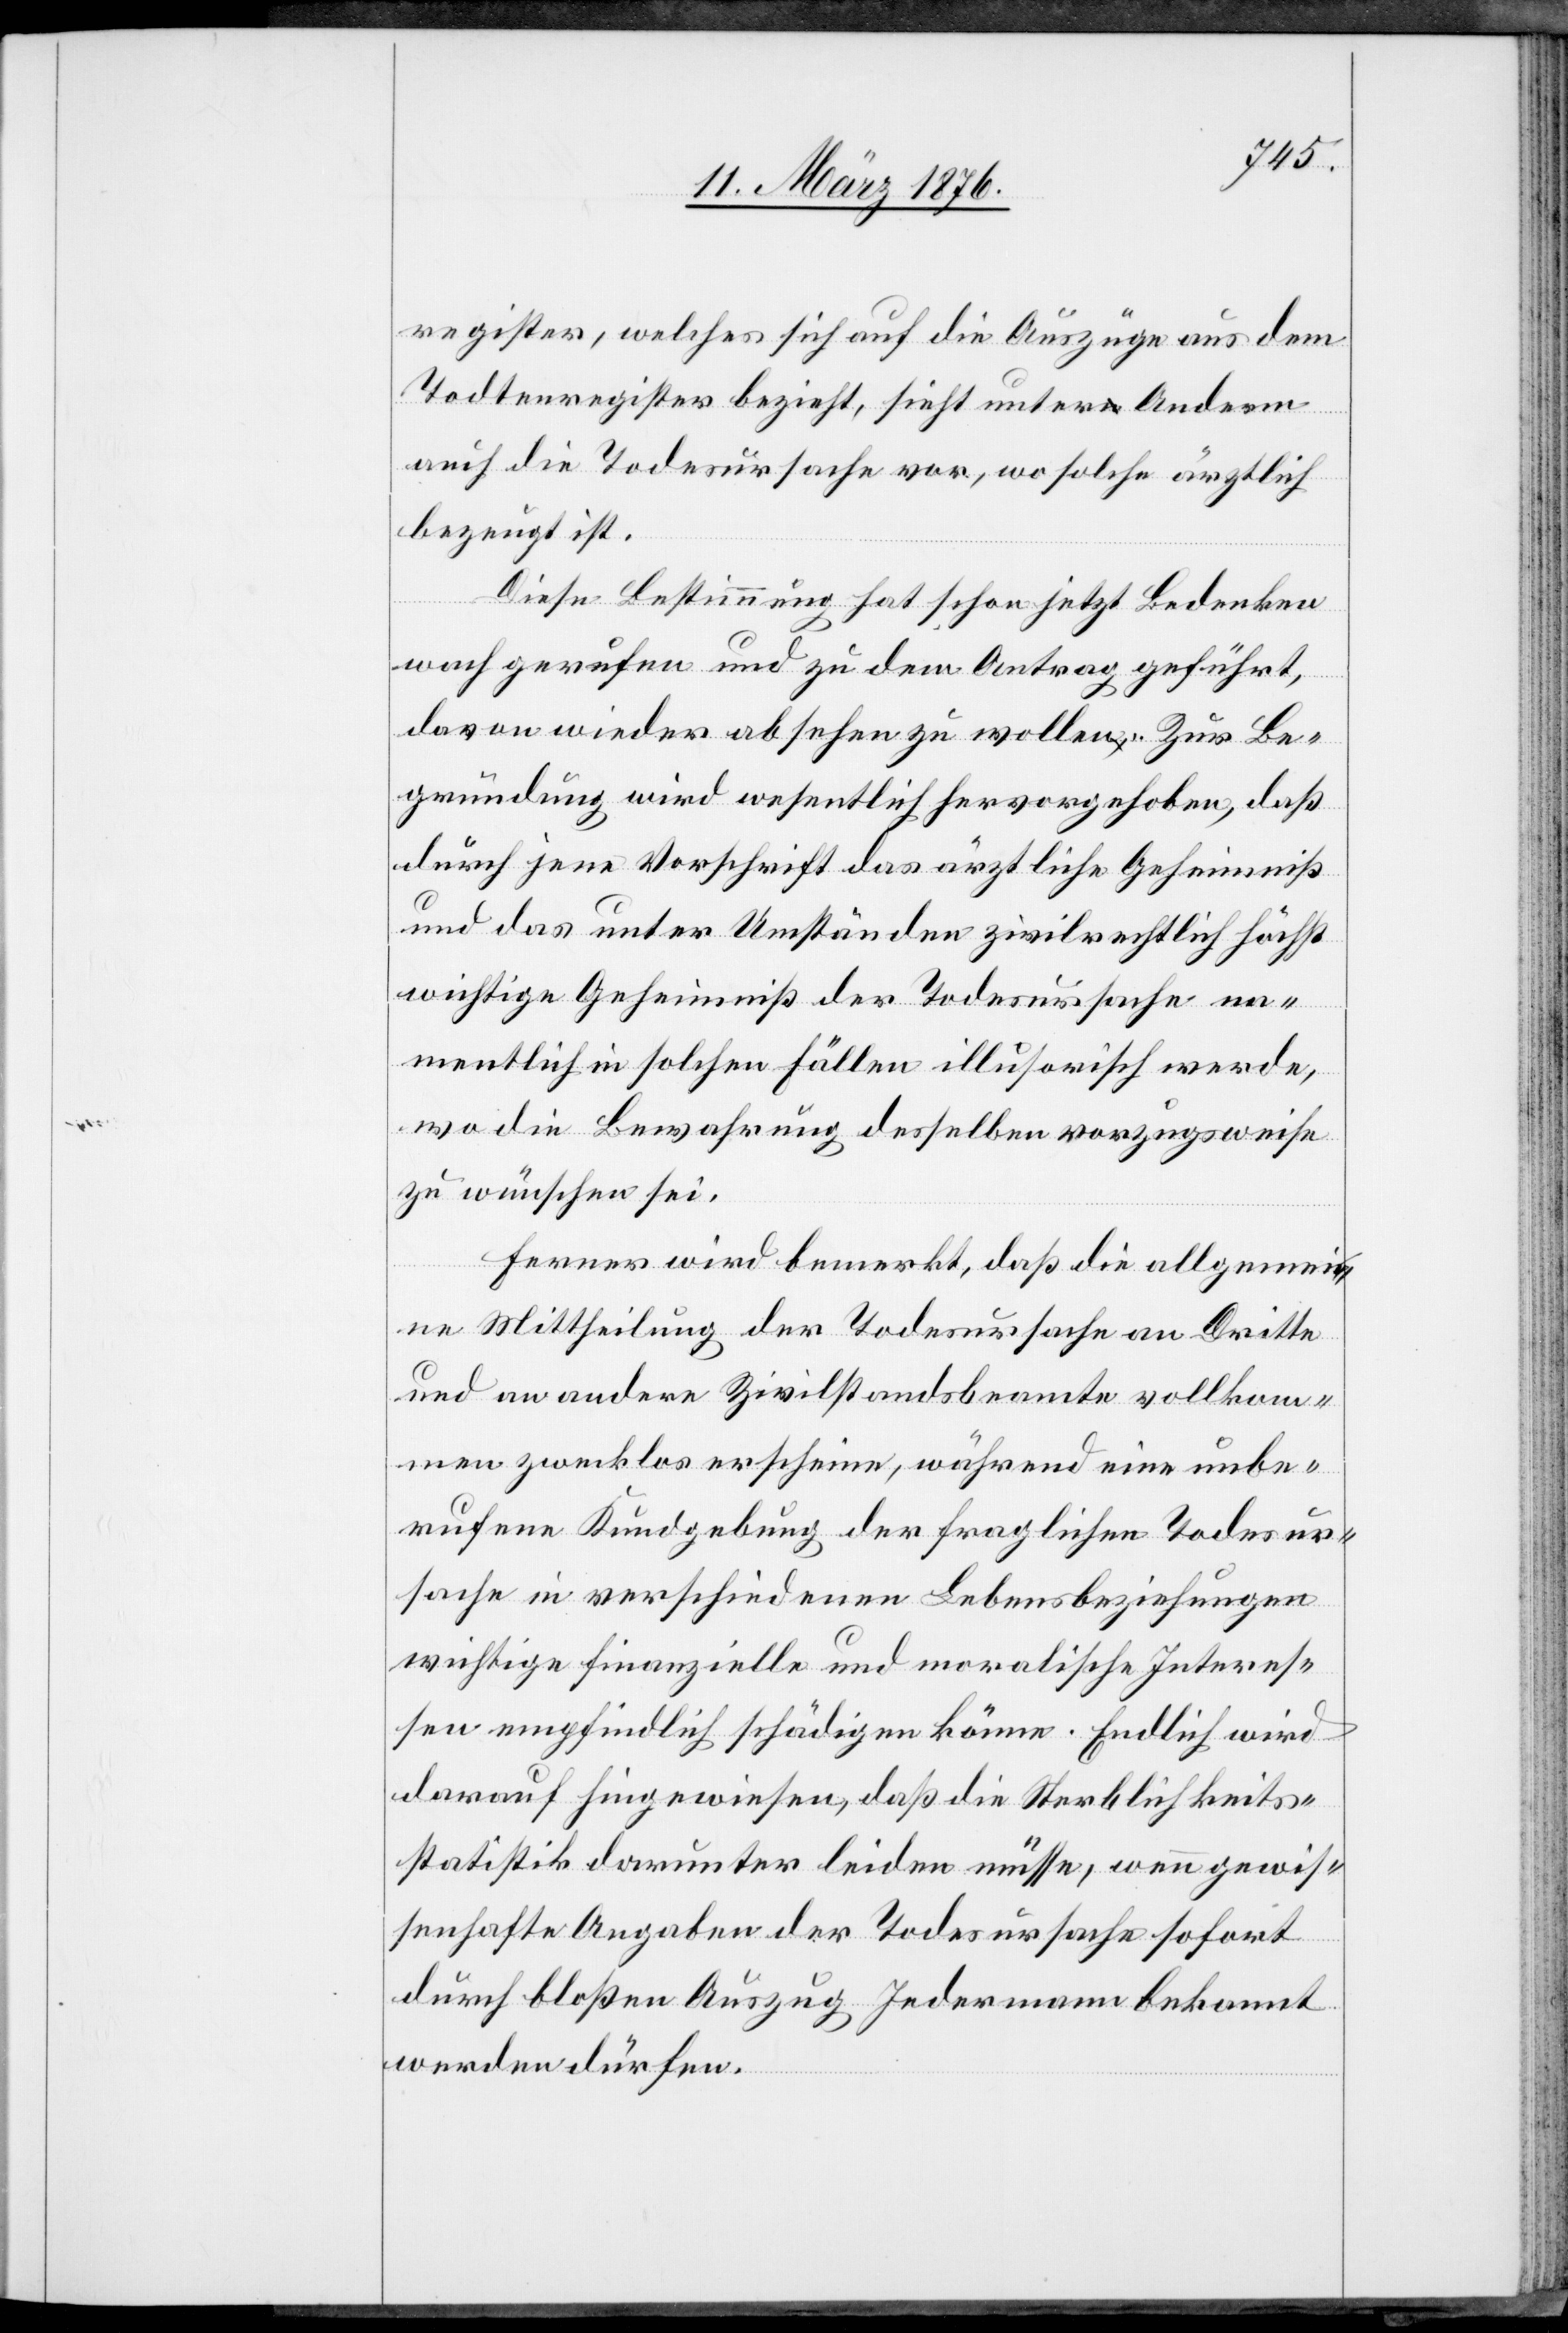
register, welches sich auf die Auszüge aus dem
Todtenregister bezieht, sieht unter Anderm
auch die Todesursache vor, wo solche ärztlich
bezeugt ist.
Diese Bestimmung hat schon jetzt Bedenken
wach gerufen und zu dem Antrag geführt,
davon wieder absehen zu wollen. Zur Be¬
gründung wird wesentlich hervorgehoben, daß
durch jene Vorschrift das ärztliche Geheimniß
und das unter Umständen zivilrechtlich höchst
wichtige Geheimniß der Todesursache na¬
mentlich in solchen Fällen illusorisch werde,
wo die Bewährung desselben vorzugsweise
zu wünschen sei.
Ferner wird bemerkt, daß die allgemei¬
ne Mittheilung der Todesursache an Dritte
und an andere Zivilstandsbeamte vollkom¬
men zwecklos erscheine, während eine unbe¬
rufene Kundgebung der fraglichen Todesur¬
sache in verschiedenen Lebensbeziehungen
wichtige finanzielle und moralische Interes¬
sen empfindlich schädigen könne. Endlich wird
darauf hingewiesen, daß die Sterblichkeits¬
statistik darunter leiden müsse, wenn gewis¬
senhafte Angaben der Todesursache sofort
durch bloßen Auszug Jedermann bekannt
werden dürfen.